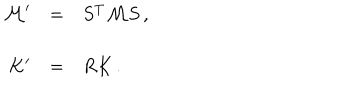
\begin{array} { r c l } { { { \cal M } ^ { \prime } } } & { { = } } & { { S ^ { T } { \cal M } S \, , } } \\ { { } } & { { } } & { { } } \\ { { K ^ { \prime } } } & { { = } } & { { R K \, . } } \\ \end{array}